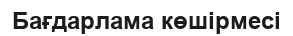
Бағдарлама көшірмесі